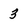
Character: 3